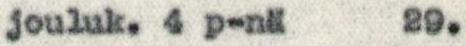
jouluk. 4 p-nä  29.